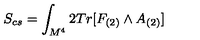
S _ { c s } = \int _ { M ^ { 4 } } 2 T r [ F _ { ( 2 ) } \wedge A _ { ( 2 ) } ]